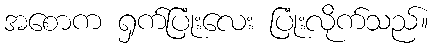
အစောက ရှက်ပြုံးလေး ပြုံးလိုက်သည်။